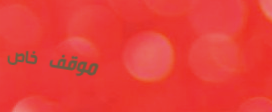
موقف خاص